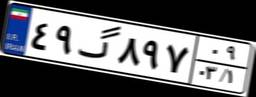
۴۹گ۸۹۷۰۹